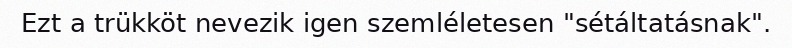
Ezt a trükköt nevezik igen szemléletesen "sétáltatásnak".